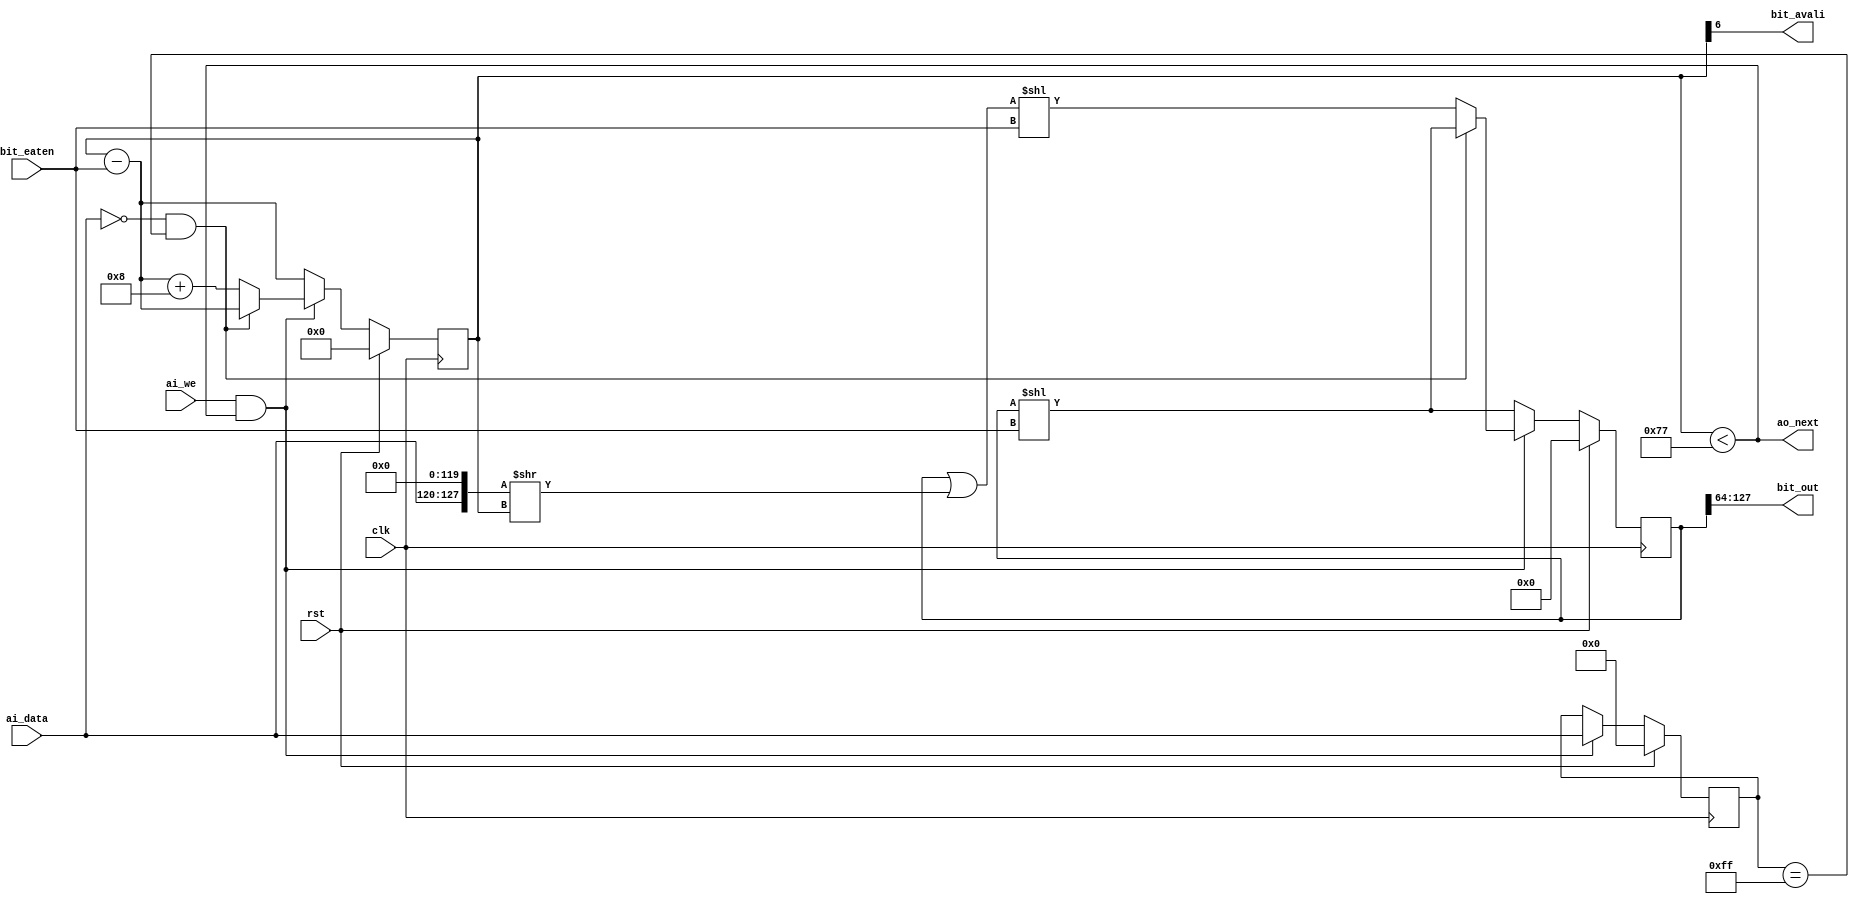
module jpeg_stream(
    input         ai_we,
    output        ao_next,
    input [7:0]   ai_data,

    output        bit_avali,
    output [63:0] bit_out,
    input  [6:0]  bit_eaten,         

    input clk,
    input rst
);

    reg [7:0] lastword;
    always@(posedge clk)begin
        if(rst)
            lastword <= 0;
        else if(ai_we & ao_next)  
            lastword <= ai_data;
    end
    
    wire ridzero = ai_data == 8'h00 & lastword == 8'hff;    

    reg [6:0]   point;   // count of avali bits
    reg [127:0] bit_buffer;
    always@(posedge clk) begin
        if (rst) 
            point <= 'd0;
		else if (ai_we & ao_next)begin
            if (ridzero)
                point <= point - bit_eaten;
            else
                point <= point - bit_eaten + 'd8;
        end else
			point <= point - bit_eaten;
	end 

    always@(posedge clk)begin
        if(rst)
            bit_buffer <= 'd0;
        else if (ai_we & ao_next)begin
            if (ridzero)
                bit_buffer <= bit_buffer << bit_eaten ;      
            else
                bit_buffer <= (bit_buffer | ({ai_data,120'd0} >> point)) << bit_eaten ;      
        end else 
            bit_buffer <= bit_buffer << bit_eaten ;      
    end

    assign bit_out = bit_buffer[127:64];
    assign bit_avali = point[6];  //point > 63;
    assign ao_next = point < 7'd119;

endmodule